Annual administration report of the Civil Veterinary Department of India - 1899-1900
Year: 1899
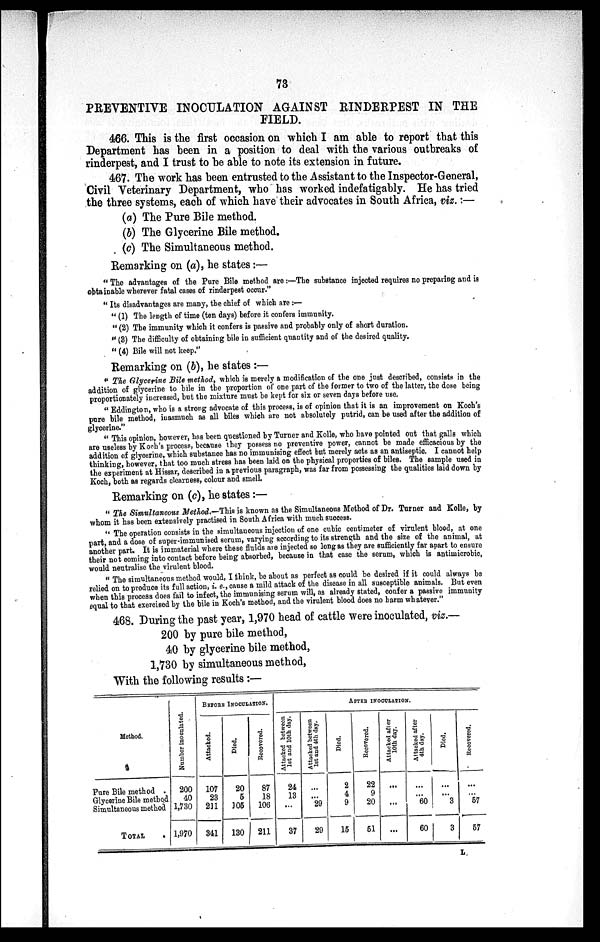
73
PREVENTIVE INOCULATION AGAINST RINDERPEST IN THE
FIELD.
466. This is the first occasion on which I am able to report that this
Department has been in a position to deal with the various outbreaks of
rinderpest, and I trust to be able to note its extension in future.
467. The work has been entrusted to the Assistant to the Inspector-General,
Civil Veterinary Department, who has worked indefatigably. He has tried
the three systems, each of which have their advocates in South Africa, viz. :—
(a) The Pure Bile method.
(b) The Glycerine Bile method.
(c) The Simultaneous method.
Remarking on (a), he states :—
"The advantages of the Pure Bile method are:—The substance injected requires no preparing and is
obtainable wherever fatal cases of rinderpest occur."
" Its disadvantages are many, the chief of which are :—
" (1) The length of time (ten days) before it confers immunity.
" (2) The immunity which it confers is passive and probably only of short duration.
" (3) The difficulty of obtaining bile in sufficient quantity and of the desired quality.
" (4) Bile will not keep."
Remarking on (b), he states :—
" The Glycerine Bile method, which is merely a modification of the one just described, consists in the
addition of glycerine to bile in the proportion of one part of the former to two of the latter, the dose being
proportionately increased, but the mixture must be kept for six or seven days before use.
" Eddington, who is a strong advocate of this process, is of opinion that it is an improvement on Koch's
pure bile method, inasmuch as all biles which are not absolutely putrid, can be used after the addition of
glycerine."
"This opinion, however, has been questioned by Turner and Kolle, who have pointed out that galls which
are useless by Koch's process, because they possess no preventive power, cannot be made efficacious by the
addition of glycerine, which substance has no immunising effect but merely acts as an antiseptic. I cannot help
thinking, however, that too much stress has been laid on the physical properties of biles. The sample used in
the experiment at Hissar, described in a previous paragraph, was far from possessing the qualities laid down by
Koch, both as regards clearness, colour and smell.
Remarking on (c), he states :—
"The Simultaneous Method.—This is known as the Simultaneous Method of Dr. Turner and Kolle, by
whom it has been extensively practised in South Africa with much success.
"The operation consists in the simultaneous injection of one cubic centimeter of virulent blood, at one
part, and a dose of super-immunised serum, varying according to its strength and the size of the animal, at
another part. It is immaterial where these fluids are injected so long as they are sufficiently far apart to ensure
their not coming into contact before being absorbed, because in that case the serum, which is antimicrobic,
would neutralise the virulent blood.
"The simultaneous method would, I think, be about as perfect as could be desired if it could always be
relied on to produce its full action, i. e., cause a mild attack of the disease in all susceptible animals. But even
when this process does fail to infect, the immunising serum will, as already stated, confer a passive immunity
equal to that exercised by the bile in Koch's method, and the virulent blood does no harm whatever."
468. During the past year, 1,970 head of cattle were inoculated, viz.—
200 by pure bile method,
40 by glycerine bile method,
1,730 by simultaneous method,
With the following results :—
Method.
Pure Bile method .
Glycerine Bile method
Simultaneous method
TOTAL .
Nu mb e r inoculated.
200
40
1,730
1,970
BEFORE
INOCULATION.
Attacked.
107
23
211
341
Died.
20
5
105
130
Recovered.
87
18
106
211
AFTER INOCULATION.
Attacked between
1st and 10th day.
24
13
...
37
Attacked between
1st
and 4th day.
...
...
29
29
Died.
2
4
9
15
Recovered.
22
9
20
51
Attacked after
10th day.
...
...
...
Attacked after
4th day.
...
...
60
60
Died.
...
...
3
3
Recovered.
...
...
57
57
L